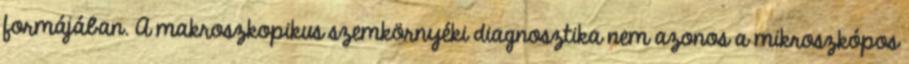
formájában. A makroszkopikus szemkörnyéki diagnosztika nem azonos a mikroszkópos